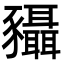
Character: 䝕